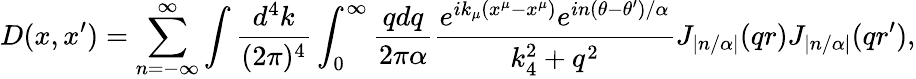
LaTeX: D(x,x^{\prime})=\sum_{n=-\infty}^{\infty}\int{\frac{d^{4}k}{(2\pi)^{4}}}\int_{0}^{\infty}{\frac{qdq}{2\pi\alpha}}{\frac{e^{ik_{\mu}(x^{\mu}-x^{\mu})}e^{in(\theta-\theta^{\prime})/\alpha}}{k_{4}^{2}+q^{2}}}J_{\left|n/\alpha\right|}(qr)J_{\left|n/\alpha\right|}(qr^{\prime}),